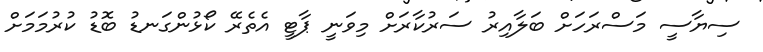
ސިޔާސީ މަސްރަހަށް ބަލާއިރު ސަރުކާރަށް މިވަނީ ޕާޓީ އެތެރޭ ކޯޅުންގަނޑު ބޮޑު ކުރުމަމަށް